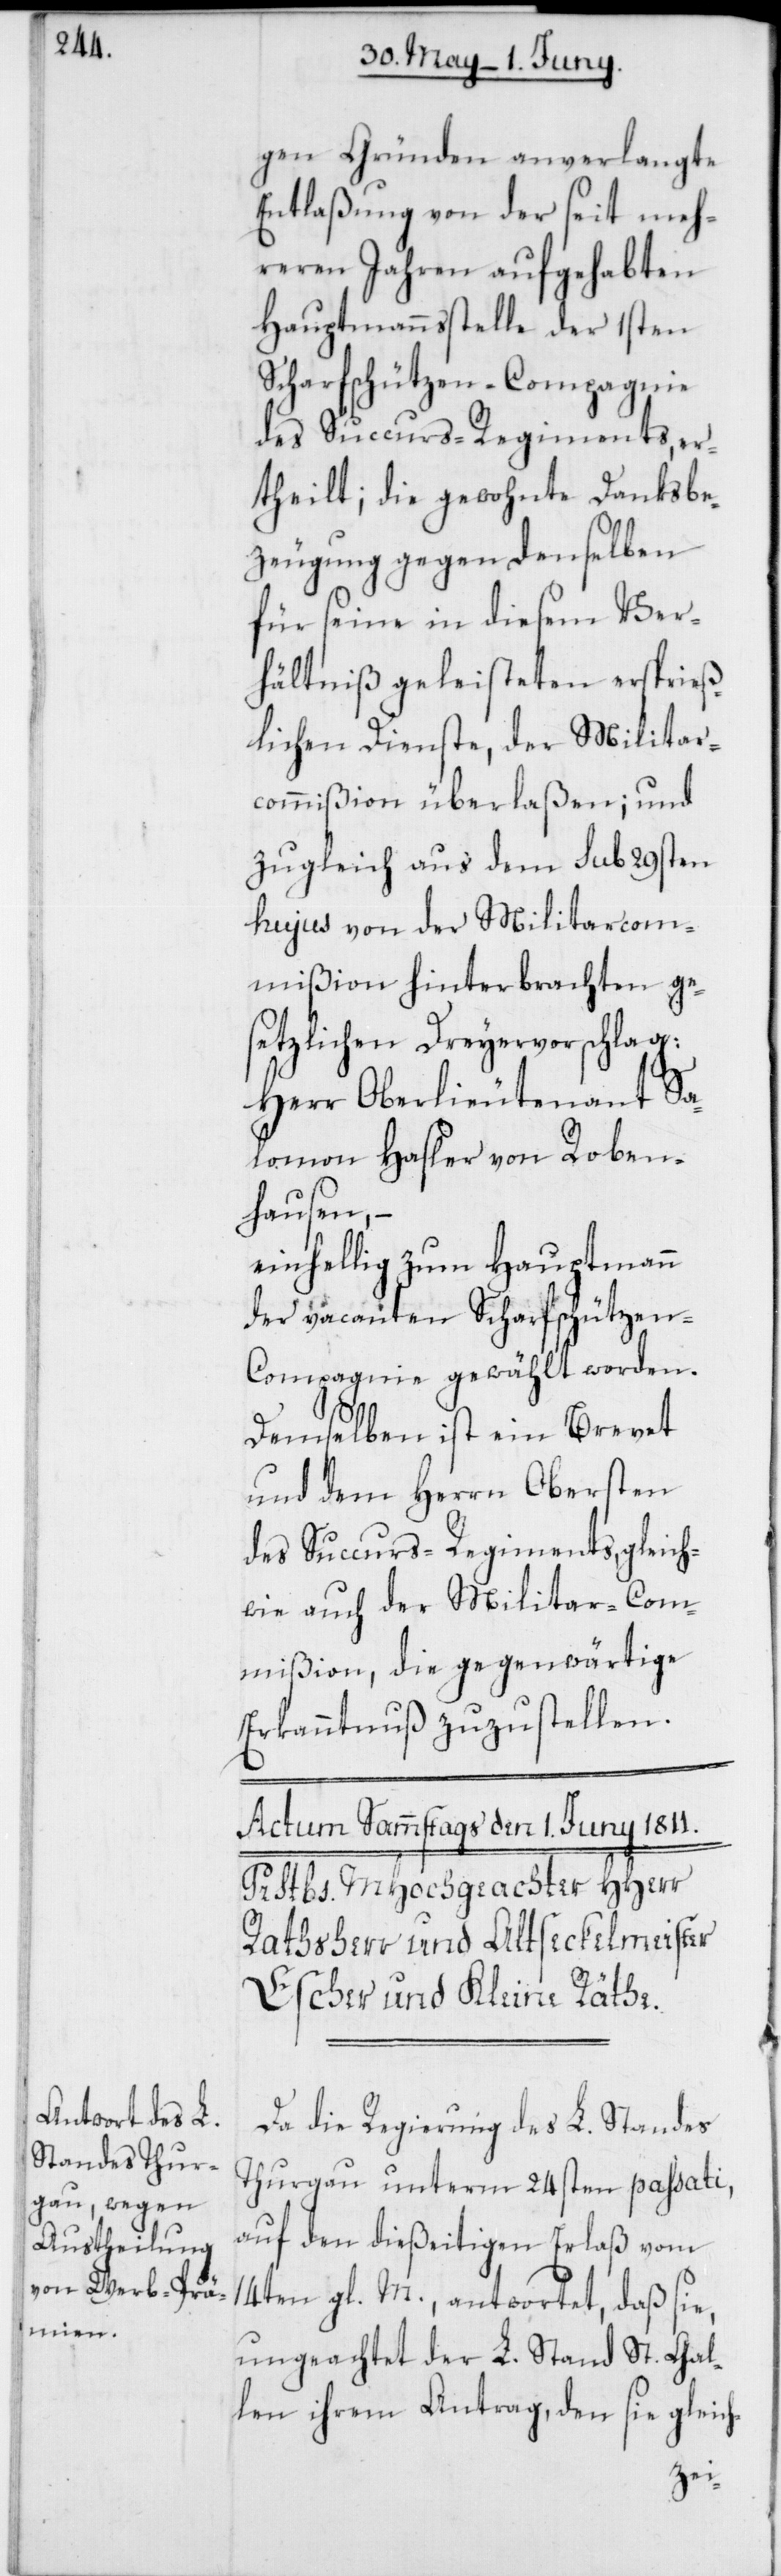
gen Gründen anverlangte
Entlaßung von der seit meh¬
reren Jahren aufgehabten
Hauptmannsstelle der 1sten
Scharfschützen-Compagnie
des Succurs-Regiments, er¬
theilt; die gewohnte Danksbe¬
zeugung gegen denselben
für seine in diesem Ver¬
hältniß geleisteten ersprieß¬
lichen Dienste, der Militar¬
commißion überlaßen; und
zugleich aus dem sub 29sten
hujus von der Militarcom¬
mißion hinterbrachten ge¬
setzlichen Dreyervorschlag:
Herr Oberlieutenant Sa¬
lomon Hasler von Roben¬
hausen, –
einhellig zum Hauptmann
der vacanten Scharfschütze¬
n-Compagnie gewählt worden.
Demselben ist ein Brevet
und dem Herrn Obersten
des Succurs-Regiments, gleich¬
wie auch der Militar-Com¬
mißion, die gegenwärtige
Erkanntnuß zuzustellen.
Da die Regierung des L. Standes
Thurgau unterm 24sten passati,
auf den dießeitigen Erlaß vom
14ten gl. M., antwortet, daß sie,
ungeachtet der L. Stand St. Gal¬
len ihrem Antrag, den sie gleich-